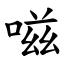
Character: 嗞